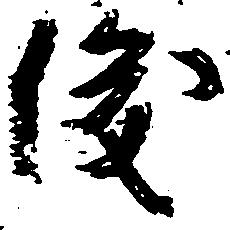
俊